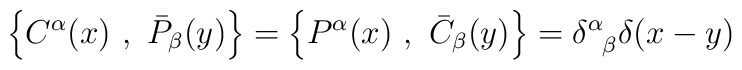
\left\{ C^{\alpha}(x)~,~\bar{P}_{\beta}(y)\right\} = \left\{ P^{\alpha}(x)~,~\bar{C}_{\beta}(y)\right\}  =  \delta^{\alpha}_{\hphantom{\alpha}\beta}\delta (x-y)